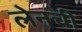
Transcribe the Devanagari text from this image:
लेनची